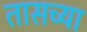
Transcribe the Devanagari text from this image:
तासच्या